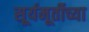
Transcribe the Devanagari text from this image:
सूर्यमूर्तीच्या